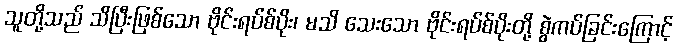
သူတို့သည် သိပြီးဖြစ်သော ဗိုင်းရပ်စ်ပိုး၊ မသိ သေးသော ဗိုင်းရပ်စ်ပိုးတို့ စွဲကပ်ခြင်းကြောင့်